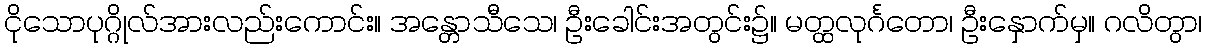
ငိုသောပုဂ္ဂိုလ်အားလည်းကောင်း။ အန္တောသီသေ၊ ဦးခေါင်းအတွင်း၌။ မတ္ထလုင်္ဂတော၊ ဦးနှောက်မှ။ ဂလိတွာ၊